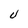
Character: U